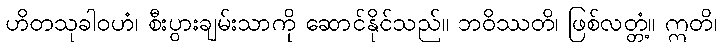
ဟိတသုခါဝဟံ၊ စီးပွားချမ်းသာကို ဆောင်နိုင်သည်။ ဘဝိဿတိ၊ ဖြစ်လတ္တံ့။ ဣတိ၊